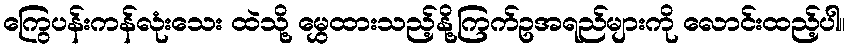
ကြွေပန်းကန်လုံးသေး ထဲသို့ မွှေထားသည့်နို့ကြက်ဥအရည်များကို လောင်းထည့်ပါ။